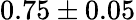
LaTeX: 0.75\pm 0.05